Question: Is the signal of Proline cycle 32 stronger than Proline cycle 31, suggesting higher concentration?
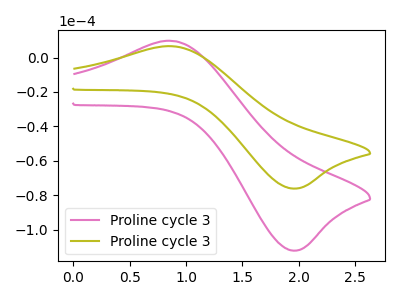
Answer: <think>The pink curve "Proline cycle 31" has an anodic peak at (0.90V, 9.65uA) and a cathodic peak at (2.00V, -112.20uA). The olive curve "Proline cycle 32" has an anodic peak at (0.90V, 6.55uA) and a cathodic peak at (2.00V, -76.15uA).
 All the peaks in "Proline cycle 32" have a peak in "Proline cycle 31" at the same potential. Every peak in "Proline cycle 32" is lower than every peak in "Proline cycle 31".</think>
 <answer>"Proline cycle 32" has less signal than "Proline cycle 31" and so likely has a lower concentration.</answer>
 <eval>less_concentration</eval>